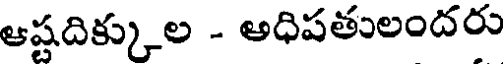
ఆష్టదిక్కుల - అధిపతులందరు